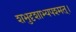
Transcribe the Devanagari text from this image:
शभुदृशाभ्यपश्मत्।